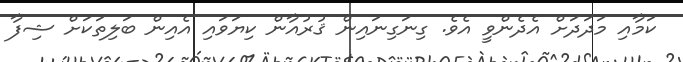
ކަމާއި މަދަދަށް އެދެންވީ އެވެ. ގިނަގިނައިން ޤުރުއާން ކިޔަވައި އެއިން ބަލިތަކަށް ޝިފާ